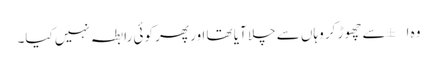
وہ ا±سے چھوڑ کر وہاں سے چلا آیا تھا اور پھر کوئی رابطہ نہیں کیا۔